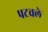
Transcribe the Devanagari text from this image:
पटवले